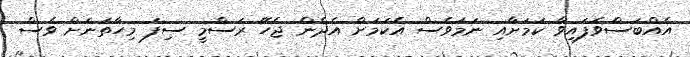
އެއްބަސްވެފައިވާ ކަމަށާއި ނަމަވެސް އެކަމަށް އެދެން ޖެހޭ ރަސްމީ ސިފަ މިހާތަނަށް ވެސް